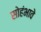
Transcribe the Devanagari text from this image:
सोहंभावे